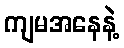
ကျမအနေနဲ့